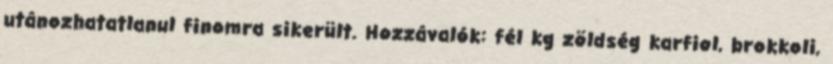
utánozhatatlanul finomra sikerült. Hozzávalók: fél kg zöldség karfiol, brokkoli,